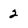
Character: 2